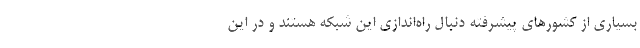
بسیاری از کشورهای پیشرفته دنبال راه‌اندازی این شبکه هستند و در این